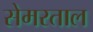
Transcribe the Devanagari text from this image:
सेमरताल